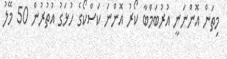
މިތަން އޮންނަނީ އުރުބަމްބާ ކޯރު އޮންނަ ކަސްކޯގެ ހުޅަގު އުތުރުން 50 މޭލު